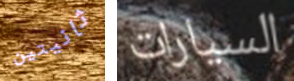
ثانيتين السيارات